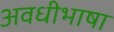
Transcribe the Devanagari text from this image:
अवधीभाषा